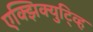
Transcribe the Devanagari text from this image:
एक्झिक्युटि्व्ह